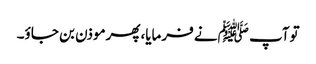
توآپ ﷺنے فرمایا،پھرموذن بن جاؤ۔